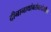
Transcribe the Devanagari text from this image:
दीनानाथांबरोबरदेखील